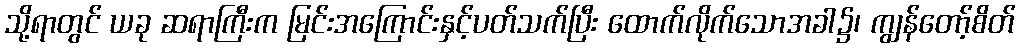
သို့ရာတွင် ယခု ဆရာကြီးက မြင်းအကြောင်းနှင့်ပတ်သက်ပြီး ထောက်လိုက်သောအခါ၌၊ ကျွန်တော့်စိတ်